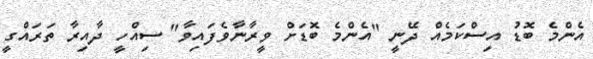
އެންމެ ބޮޑު އިސްކަމެއް ދޭނީ "އެންމެ ބޮޑަށް ވީރާނާވެފައިވާ" ސިއްހީ ދާއިރާ ތަރައްގީ